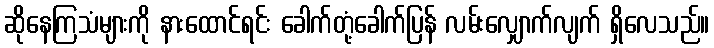
ဆိုနေကြသံများကို နားထောင်ရင်း ခေါက်တုံ့ခေါက်ပြန် လမ်းလျှောက်လျက် ရှိလေသည်။